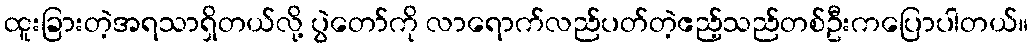
ထူးခြားတဲ့အရသာရှိတယ်လို့ ပွဲတော်ကို လာရောက်လည်ပတ်တဲ့ဧည့်သည်တစ်ဦးကပြောပါတယ်။